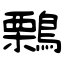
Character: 鷅